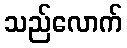
သည်လောက်